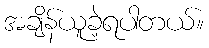
အချိန်ယူခဲ့ရပါတယ်။